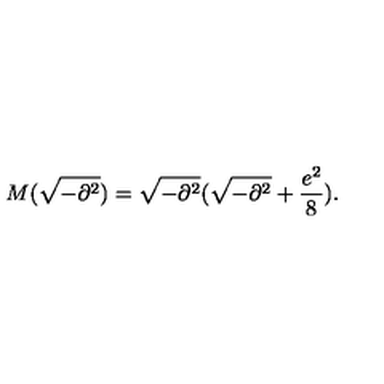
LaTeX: M ( \sqrt { - \partial ^ { 2 } } ) = \sqrt { - \partial ^ { 2 } } ( \sqrt { - \partial ^ { 2 } } + \frac { e ^ { 2 } } { 8 } ) .